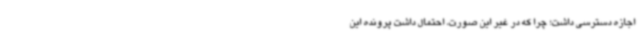
اجازه دسترسی داشت؛ چرا که در غیر این صورت، احتمال داشت پرونده این